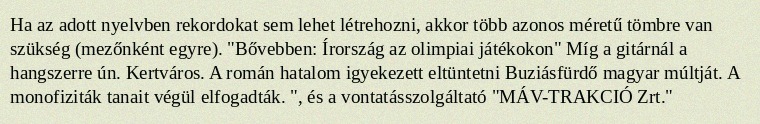
Ha az adott nyelvben rekordokat sem lehet létrehozni, akkor több azonos méretű tömbre van szükség (mezőnként egyre). "Bővebben: Írország az olimpiai játékokon" Míg a gitárnál a hangszerre ún. Kertváros. A román hatalom igyekezett eltüntetni Buziásfürdő magyar múltját. A monofiziták tanait végül elfogadták. ", és a vontatásszolgáltató "MÁV-TRAKCIÓ Zrt."